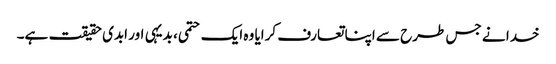
خدا نے جس طرح سے اپنا تعارف کرایا وہ ایک حتمی، بدیہی اور ابدی حقیقت ہے۔